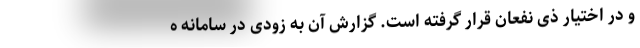
و در اختیار ذی نفعان قرار گرفته است. گزارش آن به زودی در سامانه ه